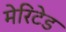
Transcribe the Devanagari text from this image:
मेरिटेड